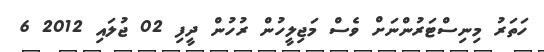
ހަތަރު މިނިސްޓަރުންނަށް ވެސް މަޖިލީހުން ރުހުން ދީފި 02 ޖުލައި 2012 6